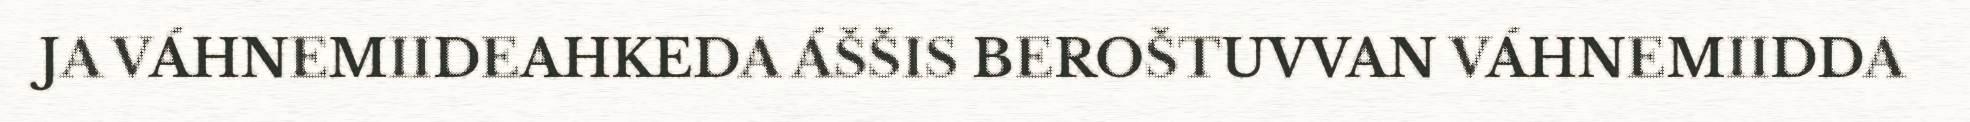
JA VÁHNEMIIDEAHKEDA ÁŠŠIS BEROŠTUVVAN VÁHNEMIIDDA